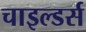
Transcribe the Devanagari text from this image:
चाइल्डर्स